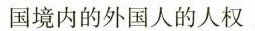
国境内的外国人的人权